Indian journal of veterinary science and animal husbandry - Volume 8,
Year: 1938
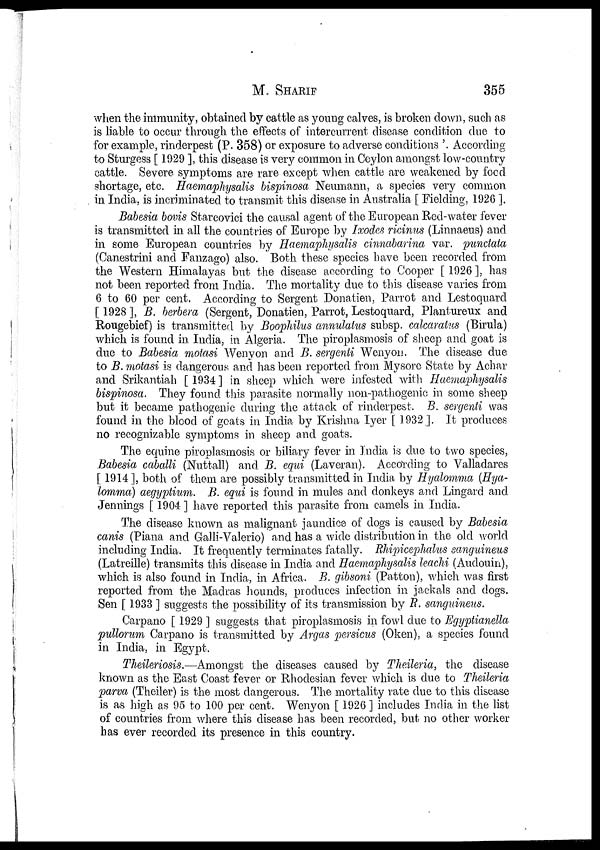
M.
SHARIF
355
when the immunity, obtained by cattle as young calves, is broken down, such as
is liable to occur through the effects of intercurrent disease condition due to
for example, rinderpest (P. 358) or exposure to adverse conditions '. According
to Sturgess [ 1929 ], this disease is very common in Ceylon amongst low-country
cattle. Severe symptoms are rare except when cattle are weakened by food
shortage, etc. Haemaphysalis bispinosa Neumann, a species very common
in India, is incriminated to transmit this disease in Australia [ Fielding, 1926 ].
Babesia bovis Starcovici the causal agent of the European Red-water fever
is transmitted in all the countries of Europe by Ixodes ricinus (Linnaeus) and
in some European countries by Haemaphysalis cinnabarina var. punctata
(Canestrini and Fanzago) also. Both these species have been recorded from
the Western Himalayas but the disease according to Cooper [ 1926 ], has
not been reported from India. The mortality due to this disease varies from
6 to 60 per cent. According to Sergent Donatien, Parrot and Lestoquard
[ 1928 ], B. berbera (Sergent, Donatien, Parrot, Lestoquard, Plantureux and
Rougebief) is transmitted by Boophilus annulatus subsp. calcaratus (Birula)
which is found in India, in Algeria. The piroplasmosis of sheep and goat is
due to Babesia motasi Wenyon and B. sergenti Wenyon. The disease due
to B. motasi is dangerous and has been reported from Mysore State by Achar
and Srikantiah [ 1934 ] in sheep which were infested with Haemaphysalis
bispinosa. They found this parasite normally non-pathogenic in some sheep
but it became pathogenic during the attack of rinderpest. B. sergenti was
found in the blood of goats in India by Krishna Iyer [ 1932 ]. It produces
no recognizable symptoms in sheep and goats.
The equine piroplasmosis or biliary fever in India is due to two species,
Babesia caballi (Nuttall) and B. equi (Laveran). According to Valladares
[1914], both of them are possibly transmitted in India by Hyalomma (Hya¬
lomma) aegyptium. B. equi is found in mules and donkeys and Lingard and
Jennings [ 1904 ] have reported this parasite from camels in India.
The disease known as malignant jaundice of dogs is caused by Babesia
canis (Piana and Galli-Valerio) and has a wide distribution in the old world
including India. It frequently terminates fatally. Rhipicephalus sanguineus
(Latreille) transmits this disease in India and Haemaphysalis leachi (Audouin),
which is also found in India, in Africa. B. gibsoni (Patton), which was first
reported from the Madras hounds, produces infection in jackals and dogs.
Sen [ 1933 ] suggests the possibility of its transmission by R, sanguineus.
Carpano [ 1929 ] suggests that piroplasmosis in fowl due to Egyptianella
pullorum Carpano is transmitted by Argas persicus (Oken), a species found
in India, in Egypt.
Theileriosis.—Amongst the diseases caused by Theileria, the disease
known as the East Coast fever or Rhodesian fever which is due to Theileria
parva (Theiler) is the most dangerous. The mortality rate due to this disease
is as high as 95 to 100 per cent. Wenyon [ 1926 ] includes India in the list
of countries from where this disease has been recorded, but no other worker
has ever recorded its presence in this country.